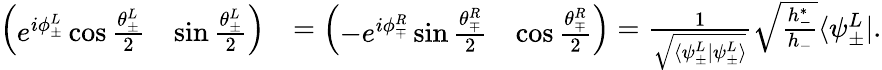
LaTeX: \begin{array}{rl}{\left(\begin{array}{ll}{e^{i\phi_{\pm}^{L}}\cos\frac{\theta_{\pm}^{L}}{2}}&{\sin\frac{\theta_{\pm}^{L}}{2}}\end{array}\right)}&{=\left(\begin{array}{ll}{-e^{i\phi_{\mp}^{R}}\sin\frac{\theta_{\mp}^{R}}{2}}&{\cos\frac{\theta_{\mp}^{R}}{2}}\end{array}\right)=\frac{1}{\sqrt{\langle\psi_{\pm}^{L}|\psi_{\pm}^{L}\rangle}}\sqrt{\frac{h_{-}^{*}}{h_{-}}}\langle\psi_{\pm}^{L}|.}\end{array}